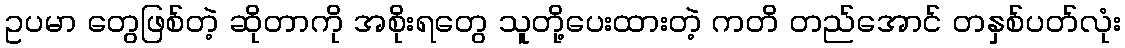
ဥပမာ တွေဖြစ်တဲ့ ဆိုတာကို အစိုးရတွေ သူတို့ပေးထားတဲ့ ကတိ တည်အောင် တနှစ်ပတ်လုံး